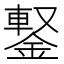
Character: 𨩕